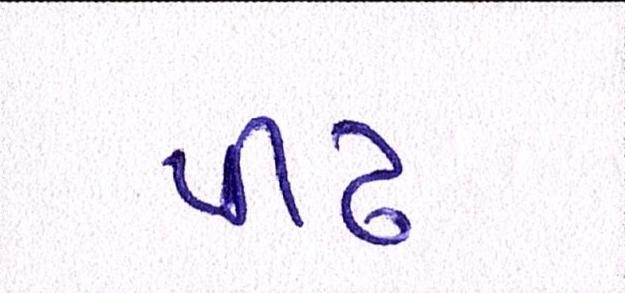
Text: પીઢ